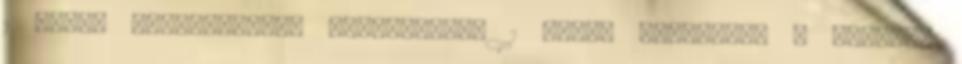
1 újabb hazugságokat hallhattunk 1 Újévi köszöntők 7 Ungvári